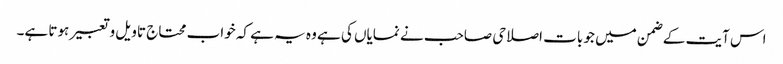
اس آیت کے ضمن میں جو بات اصلاحی صاحب نے نمایاں کی ہے وہ یہ ہے کہ خواب محتاج تاویل و تعبیر ہوتا ہے۔